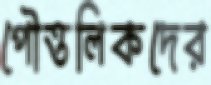
পৌত্তলিকদের